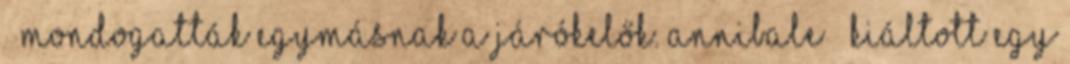
– mondogatták egymásnak a járókelők. Annibale – kiáltott egy